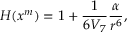
H ( x ^ { m } ) = 1 + \frac { 1 } { 6 V _ { 7 } } \frac { \alpha } { r ^ { 6 } } ,